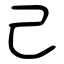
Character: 己